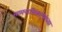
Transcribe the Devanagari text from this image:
सामनाधिकार्‍यांच्या